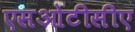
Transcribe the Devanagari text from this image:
एसओटीसीए